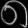
Digit: ၈